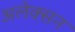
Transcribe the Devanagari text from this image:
अलेक्सन